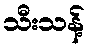
သီးသန့်